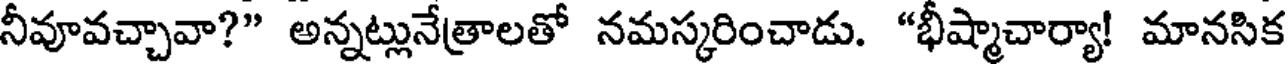
నీవూవచ్చావా?" అన్నట్లునేత్రాలతో నమస్కరించాడు. "భీష్మాచార్యా! మానసిక